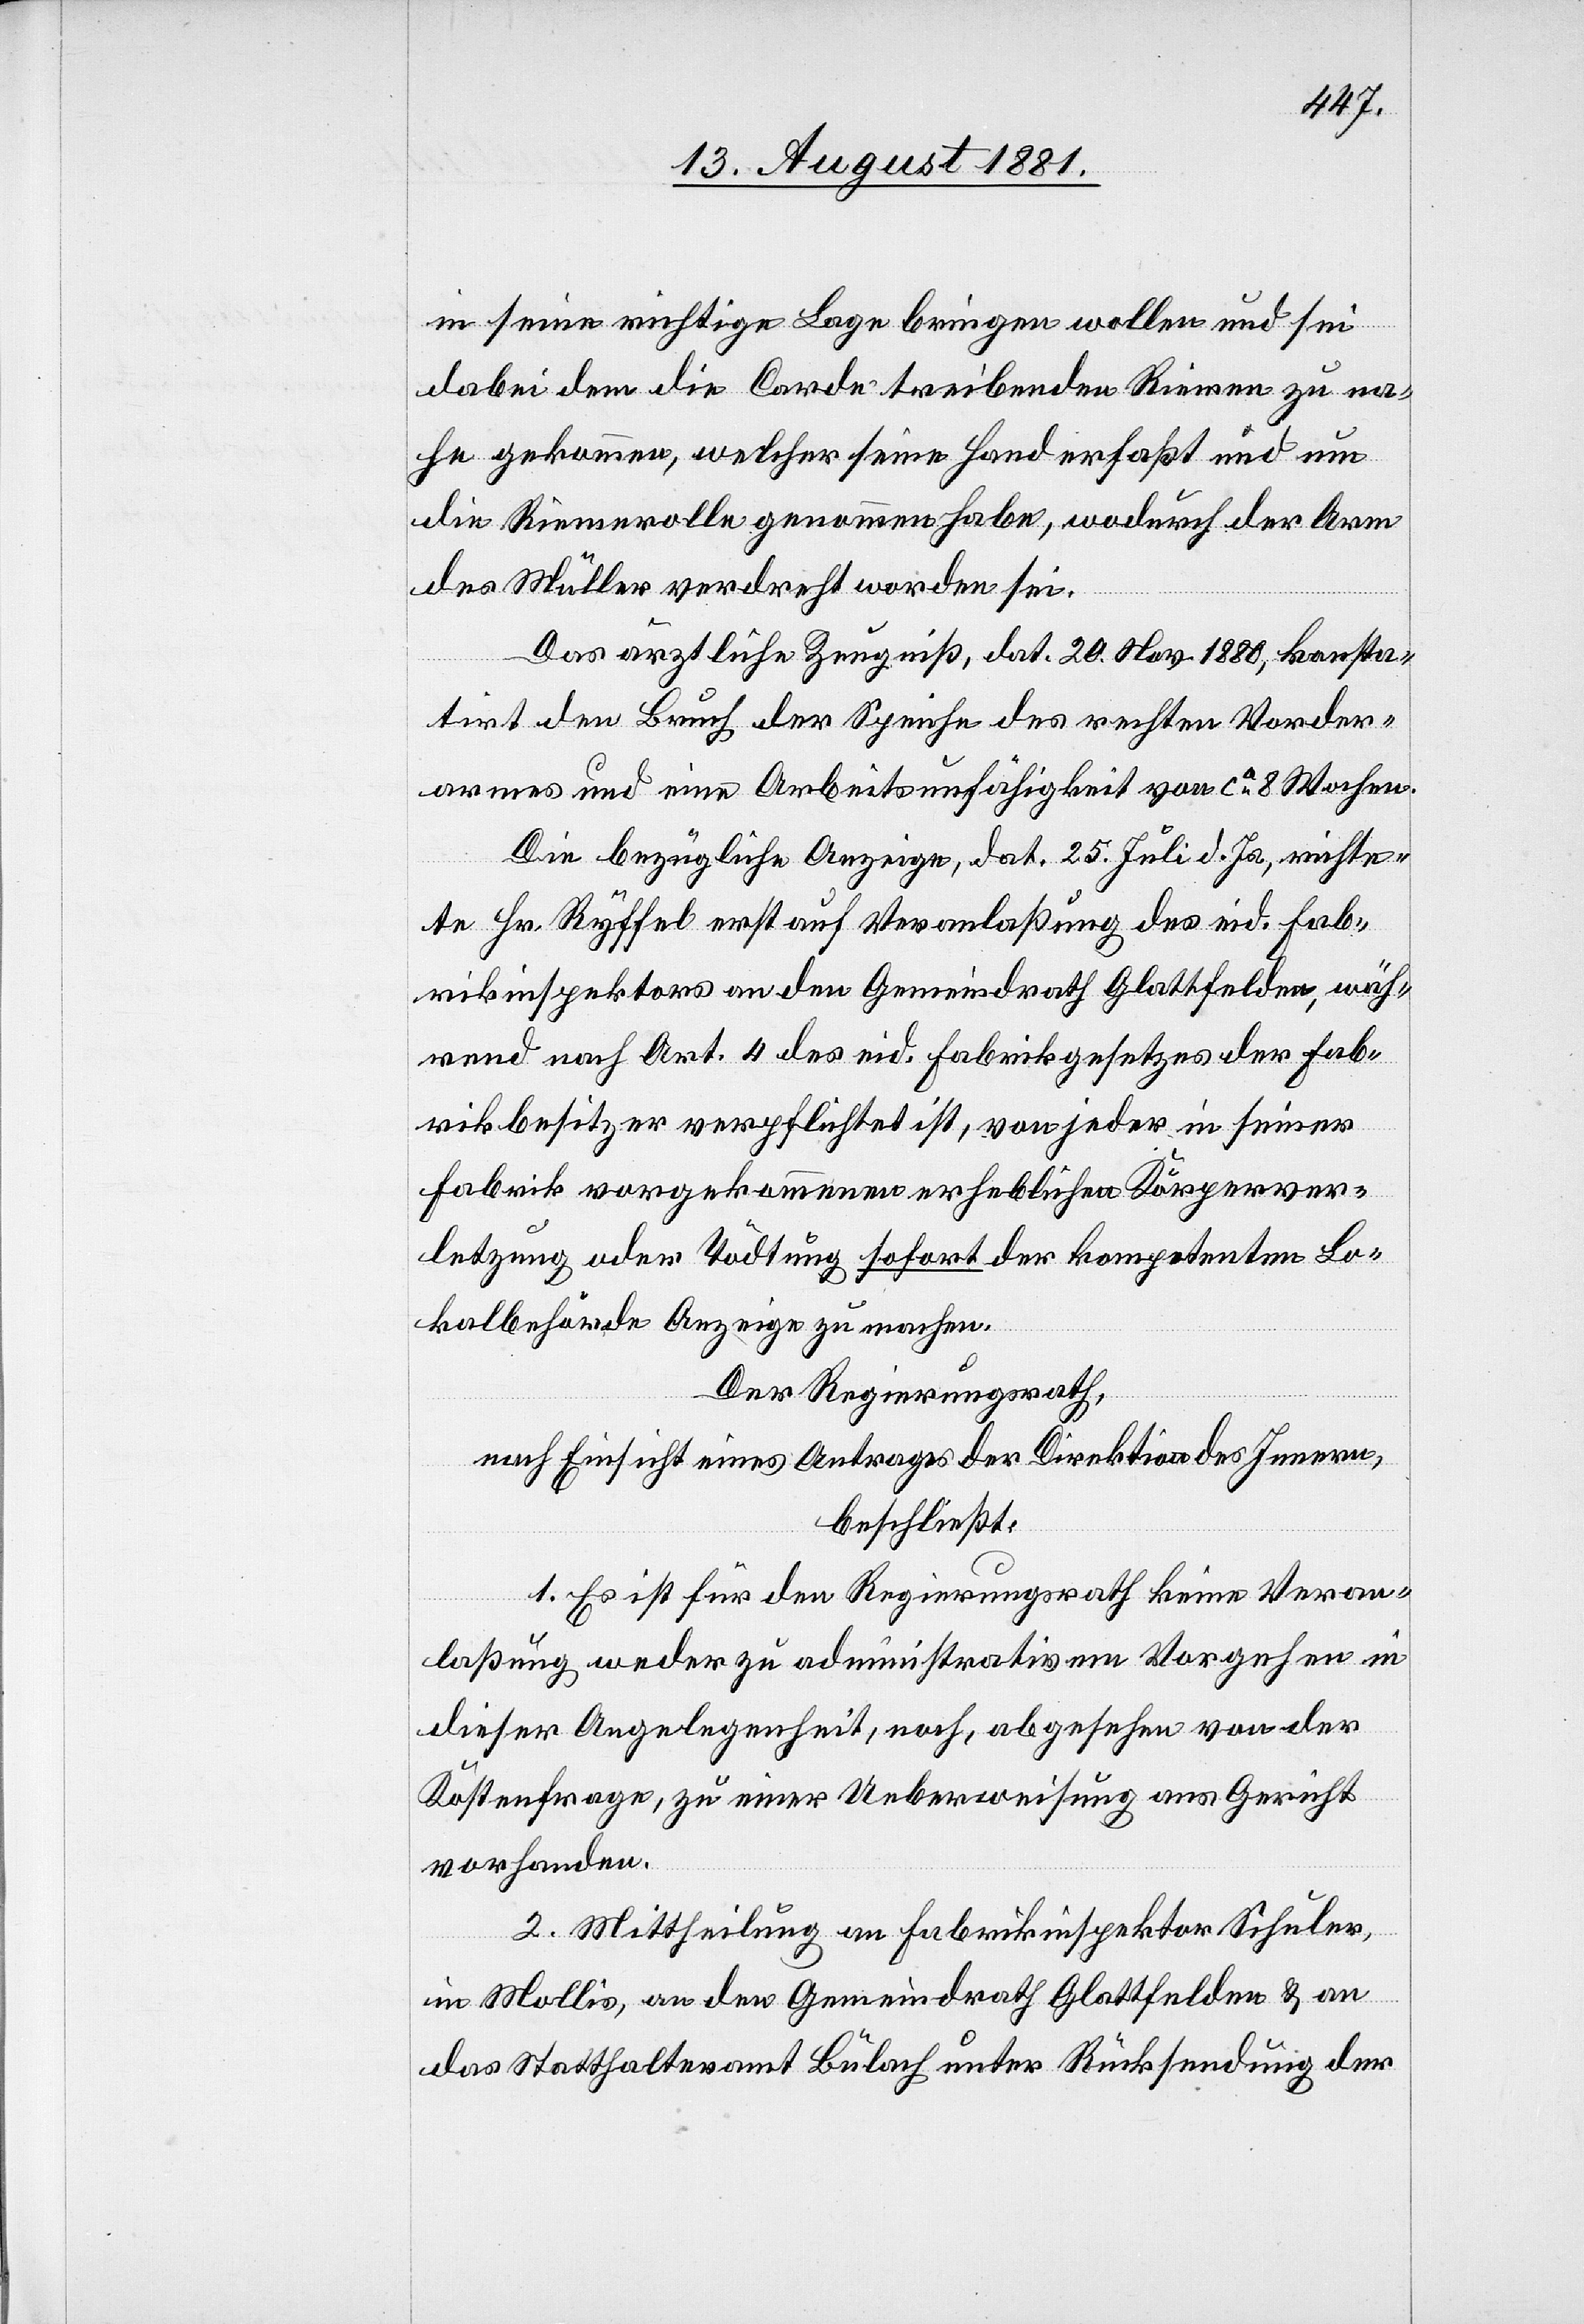
in seine richtige Lage bringen wollen uns sei
dabei dem die Corde treibenden Riemen zu na¬
he gekommen, welcher seine Hand erfaßt und um
die Riemenrolle genommen habe, wodurch der Arm
des Müller verdreht worden sei.
Das ärztliche Zeugniß, dat. 20. Nov. 1880, konsta¬
tirt den Bruch der Speiche des rechten Vorder¬
armes und eine Arbeitsunfähigkeit von ca 8 Wochen.
Die bezügliche Anzeige, dat. 25 Juli d. Js., richte¬
te Hr. Ryffel erst auf Veranlaßung des eid. Fab¬
rikinspektors an den Gemeindrath Glattfelden, wäh¬
rend nach Art. 4 des eid. Fabrikgesetzes der Fab¬
rikbesitzer verpflichtet ist, von jeder in seiner
Fabrik vorgekommenen erheblichen Körperver¬
letzung oder Tödtung sofort der kompetenten Lo¬
kalbehörde Anzeige zu machen.
Der Regierungsrath,
nach Einsicht eines Antrages der Direktion des Innern,
beschließt:
1. Es ist für den Regierungsrath keine Veran¬
laßung weder zu administrativem Vorgehen in
dieser Angelegenheit, noch, abgesehen von der
Kostenfrage, zu einer Ueberweisung ans Gericht
vorhanden.
2. Mittheilung an Fabrikinspektor Schuler,
in Mollis, an den Gemeindrath Glattfelden & an
das Statthalteramt Bülach unter Rücksendung der